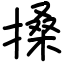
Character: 搡